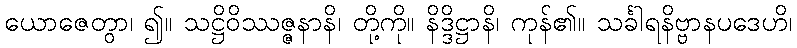
ယောဇေတွာ၊ ၍။ သဋ္ဌိဝိဿဇ္ဇနာနိ၊ တို့ကို။ နိဒ္ဒိဋ္ဌာနိ၊ ကုန်၏။ သင်္ခါရနိဗ္ဗာနပဒေဟိ၊